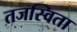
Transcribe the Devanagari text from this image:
तजस्विता